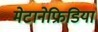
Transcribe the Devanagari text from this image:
मेटानेफ्रिडिया